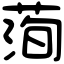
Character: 𦴥